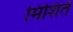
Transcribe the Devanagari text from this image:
मिशिर्त